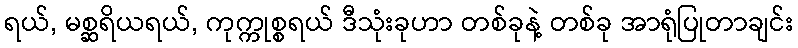
ရယ်, မစ္ဆရိယရယ်, ကုက္ကုစ္စရယ် ဒီသုံးခုဟာ တစ်ခုနဲ့ တစ်ခု အာရုံပြုတာချင်း